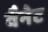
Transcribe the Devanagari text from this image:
वैनेट